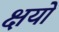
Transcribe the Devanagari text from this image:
क्षयो